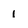
Character: 1